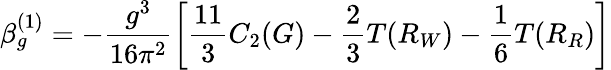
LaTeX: \beta_{g}^{(1)}=-\frac{g^{3}}{16\pi^{2}}\left[\frac{11}{3}C_{2}(G)-\frac{2}{3}T(R_{W})-\frac{1}{6}T(R_{R})\right]